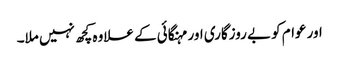
اور عوام کو بے روزگاری اور مہنگائی کے علاوہ کچھ نہیں ملا۔